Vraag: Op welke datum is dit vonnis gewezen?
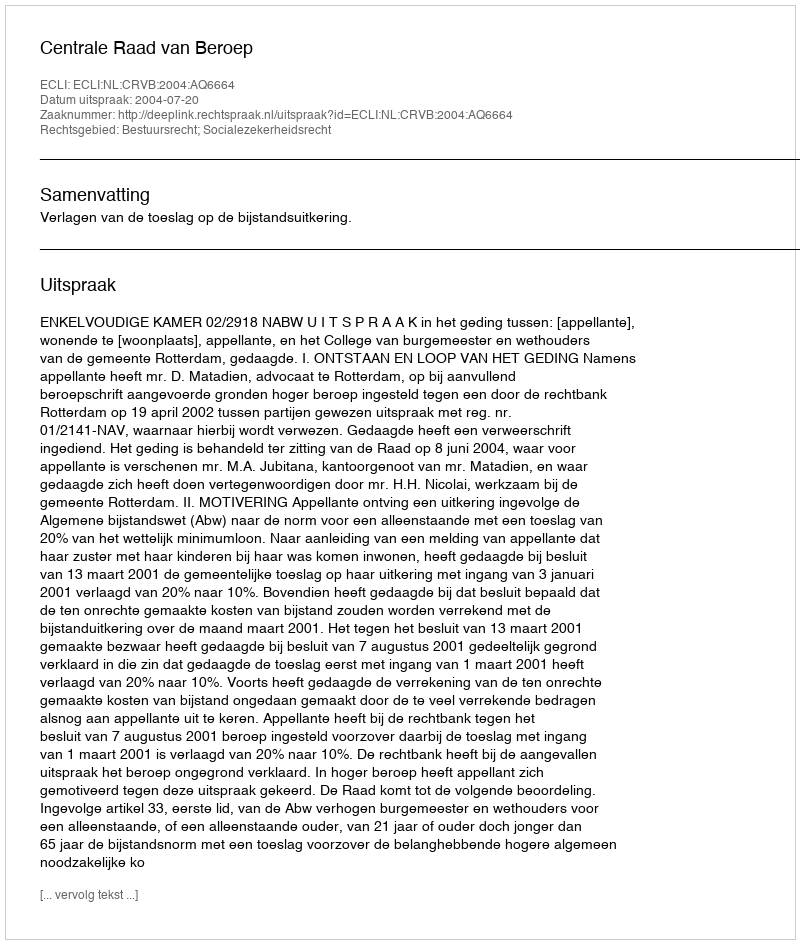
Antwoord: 2004-07-20